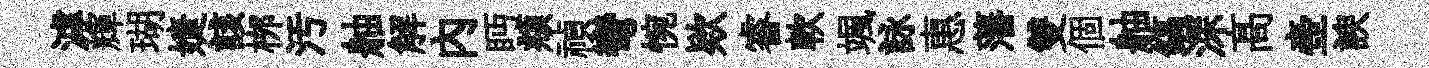
滹輝瑚婕該桞汚舳解內眄頫禎彎惋欵睿軟颯詠惠藩雙個舳鎬深髙壺諛